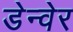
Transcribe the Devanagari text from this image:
डेन्वेर